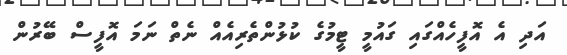
އަދި އެ އޮފީހެއްގައި ގައުމީ ޓީމުގެ ކުޅުންތެރިއެއް ނެތް ނަމަ އޮފީސް ބޭރުން